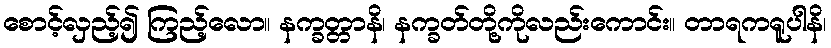
စောင့်လှည့်၍ ကြည့်လော။ နက္ခတ္တာနိ၊ နက္ခတ်တို့ကိုလည်းကောင်း။ တာရကရူပါနိ၊